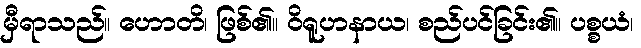
မှီရာသည်။ ဟောတိ၊ ဖြစ်၏။ ဝိရူဟနာယ၊ စည်ပင်ခြင်း၏။ ပစ္စယံ၊